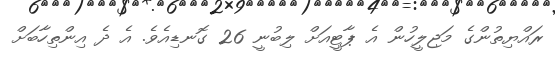
ރައްޔިތުންގެ މަޖިލީހުން އެ ޕާޓީއަށް ލިބުނީ 26 ގޮނޑިއެވެ. އެ ދެ އިންތިހާބަށް